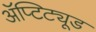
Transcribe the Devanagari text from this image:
ॲप्टिट्यूड